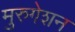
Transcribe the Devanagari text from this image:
मुरुगेशन